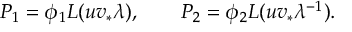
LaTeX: P _ { 1 } = \phi _ { 1 } { \cal L } ( u v _ { * } \lambda ) , \qquad P _ { 2 } = \phi _ { 2 } { \cal L } ( u v _ { * } \lambda ^ { - 1 } ) .